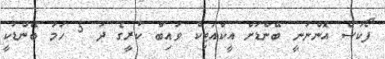
ފޯކަސް އޮންނަނީ ބޭންޑަށް އީކްއަޓިކް ވައިބް ކުރީގެ ދަ 5 ހަމަ ބޭންޑަކީ